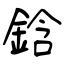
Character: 鋡